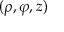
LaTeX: ( \rho , \varphi , z )